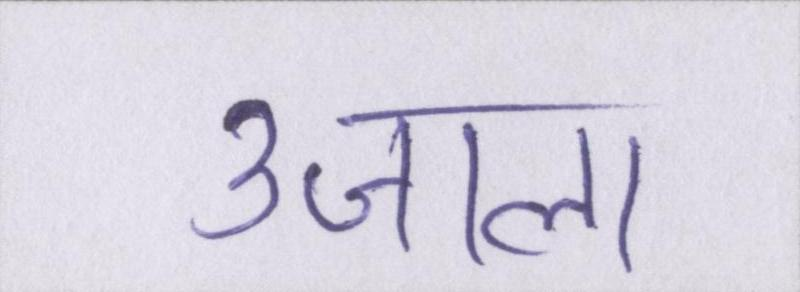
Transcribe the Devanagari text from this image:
उजाला